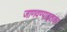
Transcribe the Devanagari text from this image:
जाणवण्याइतका